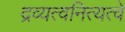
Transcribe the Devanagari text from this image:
द्रव्यत्वनित्यत्वे